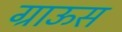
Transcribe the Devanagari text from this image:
ग्राऊस